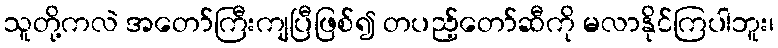
သူတို့ကလဲ အတော်ကြီးကျပြီဖြစ်၍ တပည့်တော်ဆီကို မလာနိုင်ကြပါဘူး၊